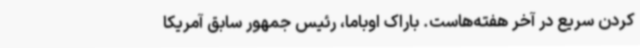
کردن سریع در آخر هفته‌هاست. باراک اوباما، رئیس جمهور سابق آمریکا